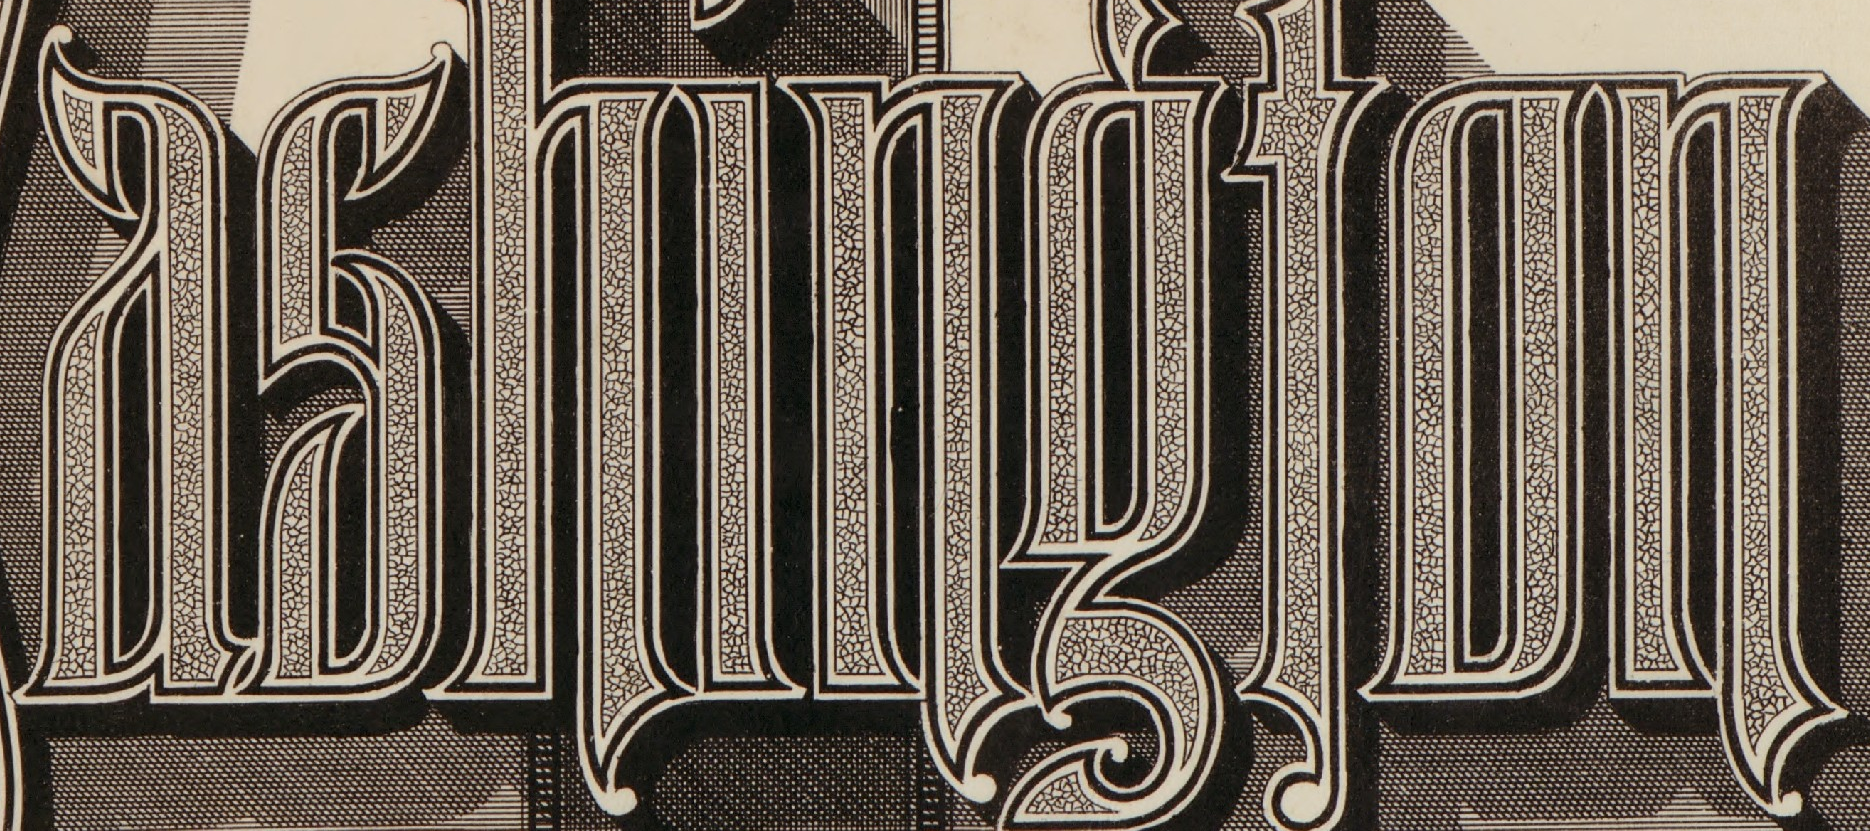
ashington